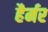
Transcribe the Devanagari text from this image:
हैर्मर